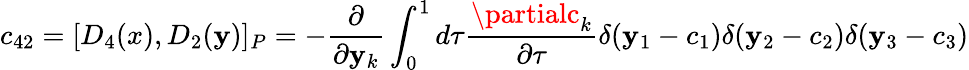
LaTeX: c_{42}=[D_{4}(x),D_{2}(\mathbf{y})]_{P}=-\frac{{\partial}}{{\partial\mathbf{y}_{k}}}\int_{0}^{1}d\tau\frac{{\partialc_{k}}}{{\partial\tau}}\delta(\mathbf{y}_{1}-c_{1})\delta(\mathbf{y}_{2}-c_{2})\delta(\mathbf{y}_{3}-c_{3})